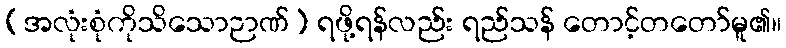
(အလုံးစုံကိုသိသောဉာဏ်) ရဖို့ရန်လည်း ရည်သန် တောင့်တတော်မူ၏။